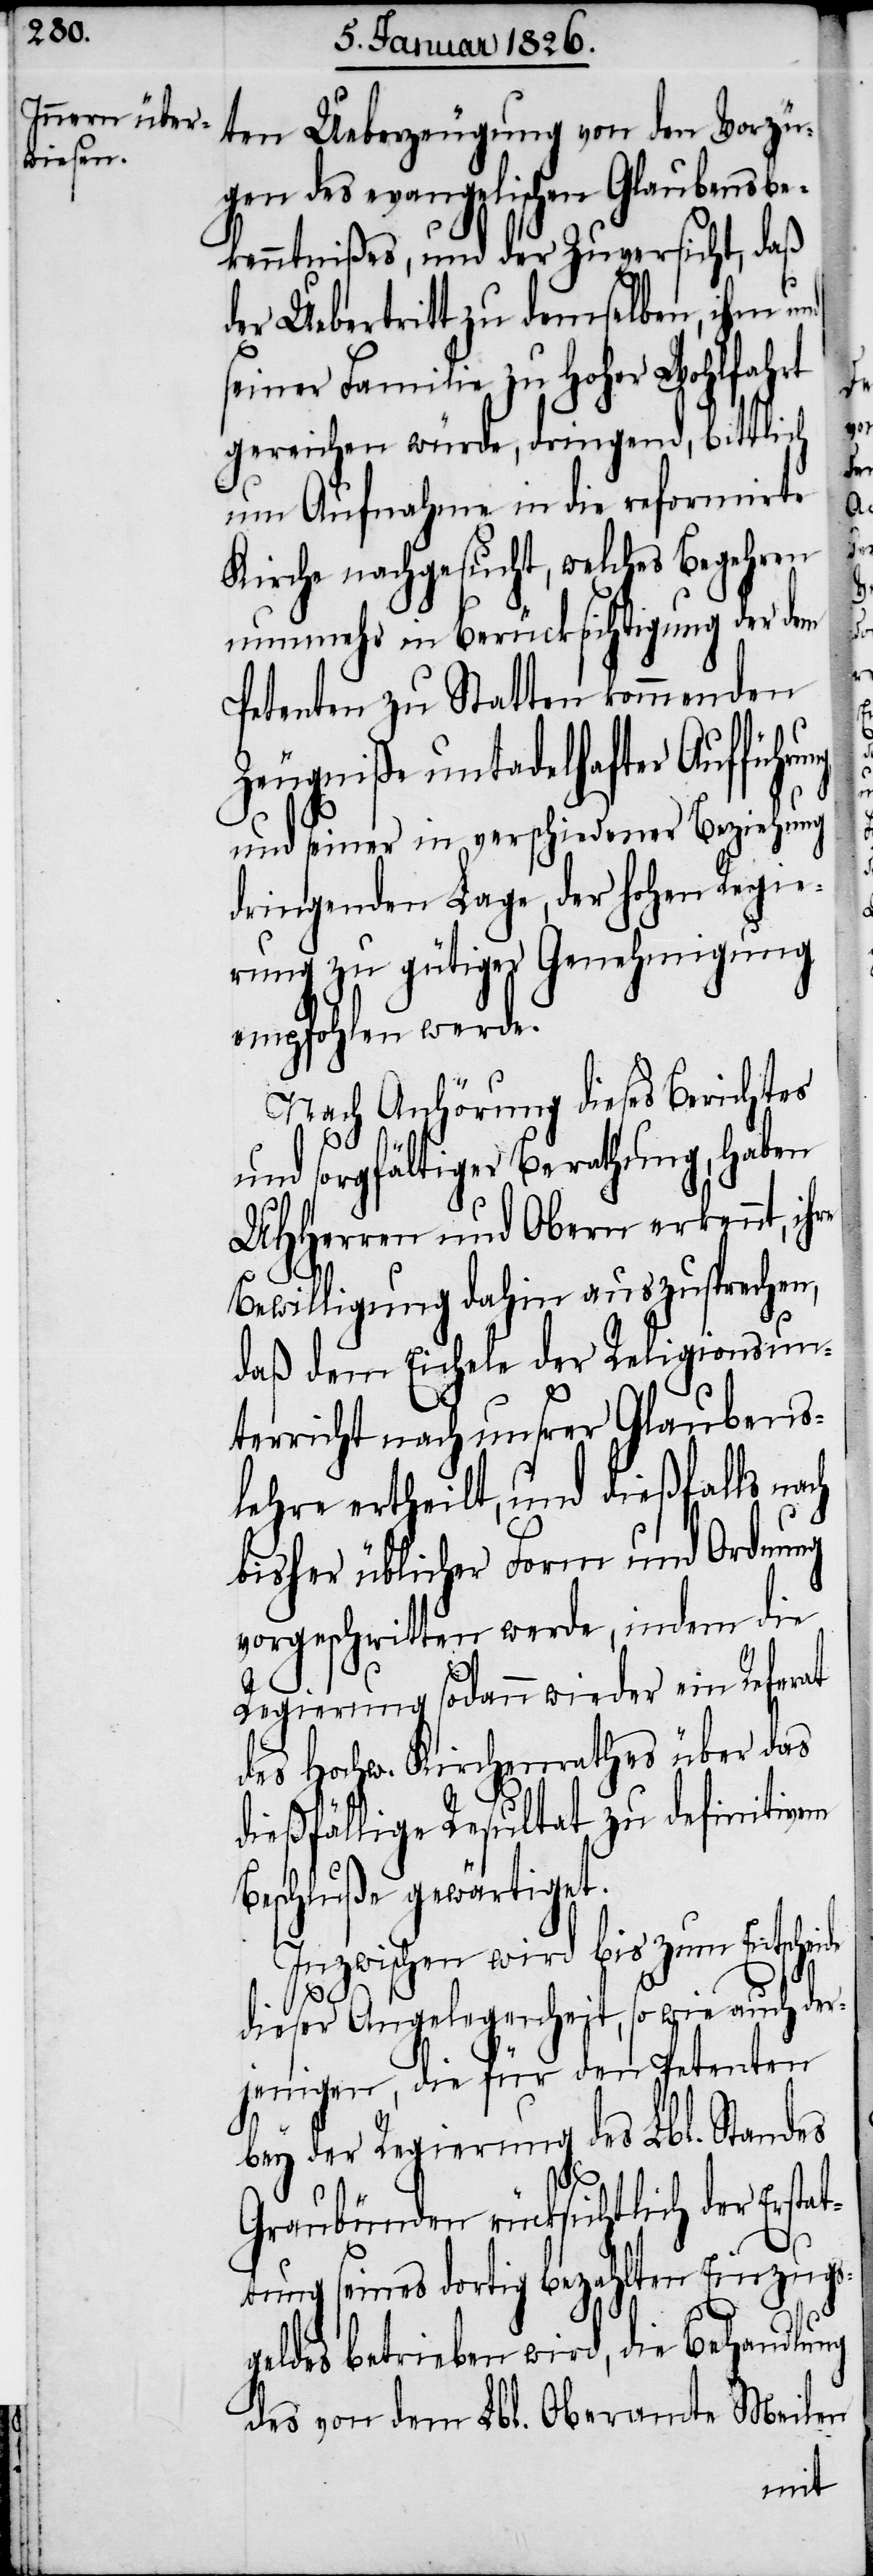
ten Ueberzeugung von den Vorzü¬
gen des evangelischen Glaubensbe¬
kenntnißes, und der Zuversicht, daß
der Uebertritt zu demselben, ihm und
seiner Familie zu Hoher Wohlfahrt
gereichen würde, dringend, bittlich
um Aufnahme in die reformirte
Kirche nachgesucht, welches Begehren
nunmehr in Berücksichtigung der dem
Petenten zu Statten kommenden
Zeugniße untadelhafter Aufführu¬
und seiner in verschiedener Beziehung
dringenden Lage, der hohen Regie¬
rung zu gütiger Genehmigung
empfohlen werde.
Nach Anhörung dieses Berichtes
und sorgfältiger Berathung, haben
UHHerren und Obern erkennt, ih¬
Bewilligung dahin auszusprechen,
daß dem Eichele der Religionsun¬
terricht nach unsrer Glaubens¬
lehre ertheilt, und dießfalls na¬
bisher üblicher Form und Ordnung
vorgeschritten werde, indem die
Regierung sodann wieder ein Referat
des Hochw. Kirchenrathes über das
dießfällige Resultat zu definitivem
Beschluße gewärtiget.
Inzwischen wird bis zum Entscheide
ch
dieser Angelegenheit, sowie auch der¬
jenigen, die für den Petenten
bey der Regierung des Lbl. Standes
Graubünden rücksichtlich der Erstat¬
tung seines dortig bezahlten Einzugs¬
geldes betrieben wird, die Behandlung
des von dem Lbl. Oberamte Meilen